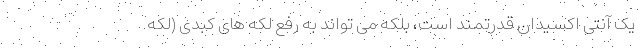
یک آنتی اکسیدان قدرتمند است، بلکه می تواند به رفع لکه های کبدی (لکه